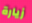
زيارة